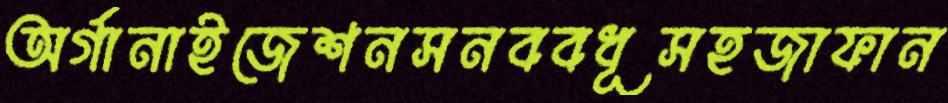
অর্গানাইজেশনসনববধূসহজাফান